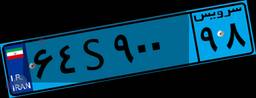
۳۶S۸۹۵۷۱